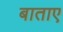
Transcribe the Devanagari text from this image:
बाताए